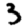
Digit: 3